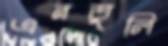
এনতুলি